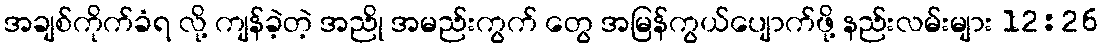
အချစ်ကိုက်ခံရ လို့ ကျန်ခဲ့တဲ့ အညို အမည်းကွက် တွေ အမြန်ကွယ်ပျောက်ဖို့ နည်းလမ်းများ 12:26